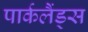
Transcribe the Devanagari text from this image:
पार्कलैंड्स